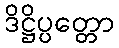
ဒိဋ္ဌိပ္ပတ္တော